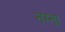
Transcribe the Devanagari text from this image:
नग्ना